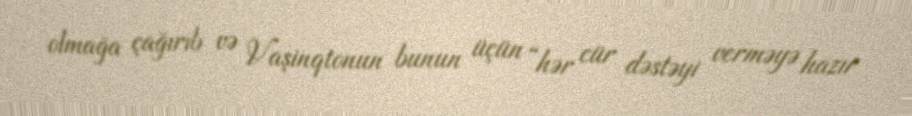
olmağa çağırıb və Vaşinqtonun bunun üçün “hər cür dəstəyi verməyə hazır